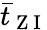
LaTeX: \bar{t}_{\mathrm{~Z~I~}}